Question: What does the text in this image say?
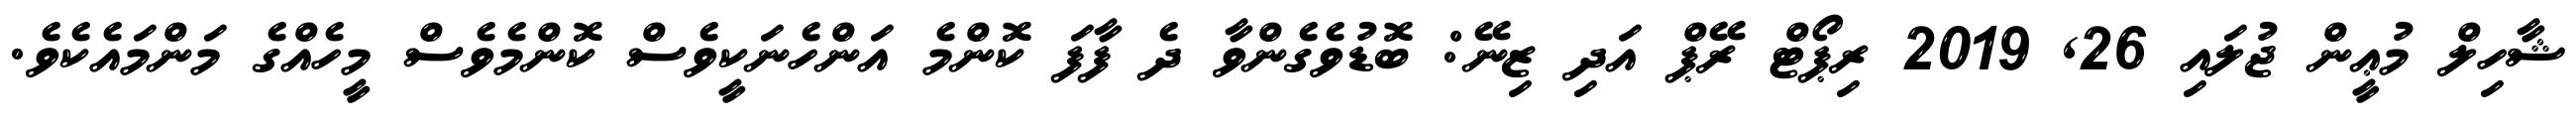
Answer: ޝާހިލް މުޢީން ޖުލައި 26, 2019 ރިޕޯޓް ރޭޕް އަދި ޒިނޭ: ބޮޑުވެގެންވާ ދެ ފާފަ ކޮންމެ އަންހެނަކީވެސް ކޮންމެވެސް މީހެއްގެ މަންމައެކެވެ.